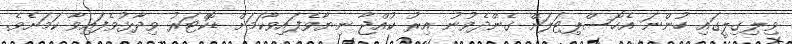
ވިލިގިލީގައި ހުންނަ އެހޮސްޕިޓަލަށް ގެންދެވުނު އިރު ކުއްޖާ ނިޔާވެފައިވާކަމަށް ޑޮކްޓަރު ވިދާޅުވެފައިވާ ކަމަށެވެ.